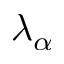
\lambda _ { \alpha }